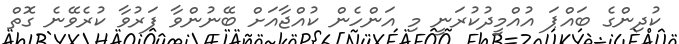
ކުދިންގެ ބައްޕަ އުއްމީދުކުރަނީ މި އަންހެން ކުއްޖާއަށް ބޭނުންވާ ފަރުވާ ކުރެވޭނެ ގޮތް